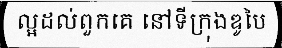
ល្អដល់ពួកគេ នៅទីក្រុងឌូបៃ